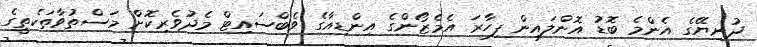
ދުނިޔޭގެ އެންމެ ބޮޑު އޮންލައިން ފިހާރަ އެމެޒޯންގެ އިންޑިއާގެ ވެބްސައިޓް މެދުވެރިކޮށް މަސްތުވާތަކެތީގެ